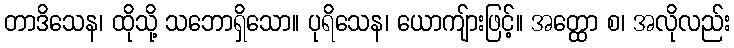
တာဒိသေန၊ ထိုသို့ သဘောရှိသော။ ပုရိသေန၊ ယောကျ်ားဖြင့်။ အတ္ထော စ၊ အလိုလည်း